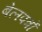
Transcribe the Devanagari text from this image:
बेलपत्रों